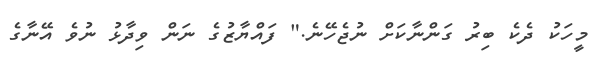
މީހަކު ދެކެ ބިރު ގަންނާކަށް ނުޖެހޭނެ." ފައްޔާޒުގެ ނަން ވިދާޅު ނުވެ އޭނާގެ